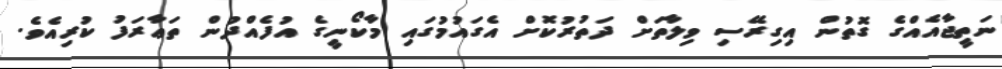
ނަތީޖާއެއްގެ ގޮތުން އިގިރޭސި ވިލާތަށް ދަތުރުކޮށް އެގައުމުގައި މާކޯނީގެ އުފެއްދުން ތަޢާރަފު ކުރިއެވެ.